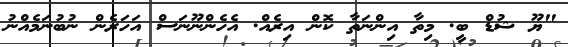
"ޔޫ ޝުޑް ބީ. މިތާ އިންނަތާ ކޮން އިރެއް. އެހެންނޫނަސް އަހަރެން ނުބުނަމެއްނު